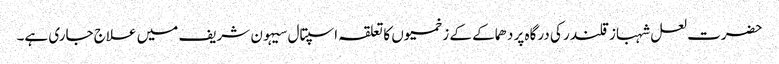
حضرت لعل شہباز قلندر کی درگاہ پر دھماکے کے زخمیوں کا تعلقہ اسپتال سیہون شریف میں علاج جاری ہے۔